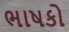
ભાષકો